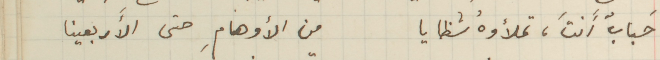
حَبابٌ أَنتَ، تملأوهُ شظايا من الأوهامِ حتى الأَربعينا